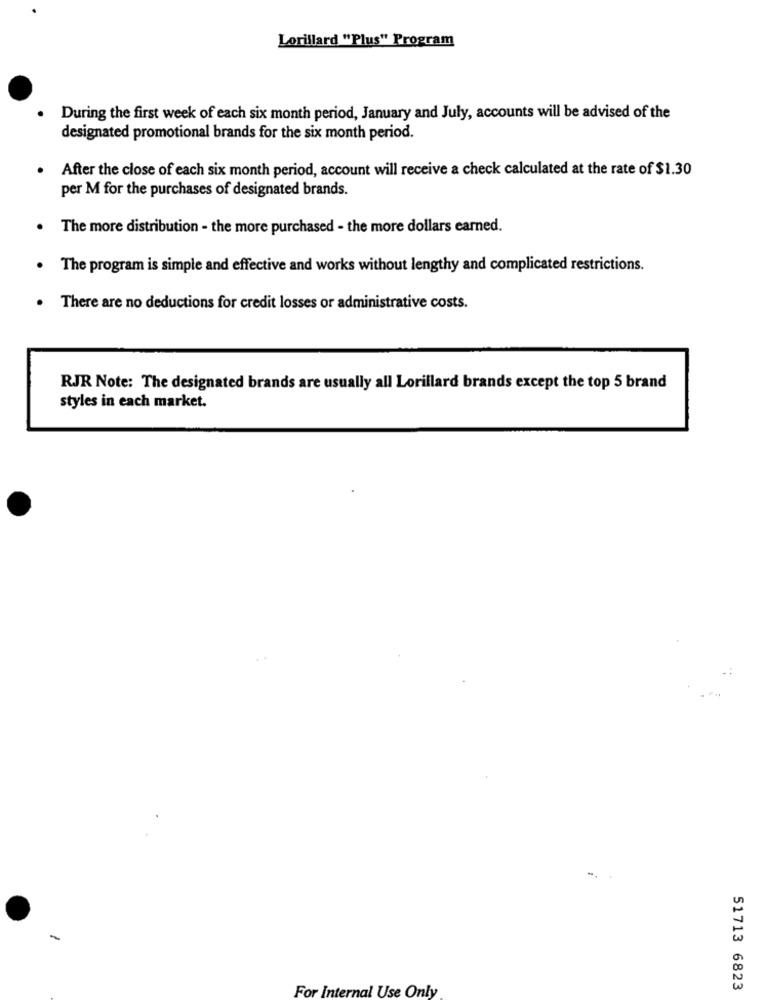
Lorillard "Plus" Program
During the first week of each six month period, January and July, accounts will be advised of the
designated promotional brands for the six month period.
After the close of each six month period, account will receive a check calculated at the rate of $1.30
per M for the purchases of designated brands.
.
The more distribution - the more purchased - the more dollars earned.
. The program is simple and effective and works without lengthy and complicated restrictions.
.
There are no deductions for credit losses or administrative costs.
RJR Note: The designated brands are usually all Lorillard brands except the top 5 brand
styles in each market.
51713 6823
For Internal Use Only